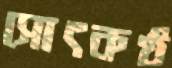
সোৎকণ্ঠ